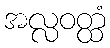
အလ္လဝတ္ထံ